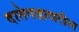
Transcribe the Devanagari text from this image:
दातेगडावरील